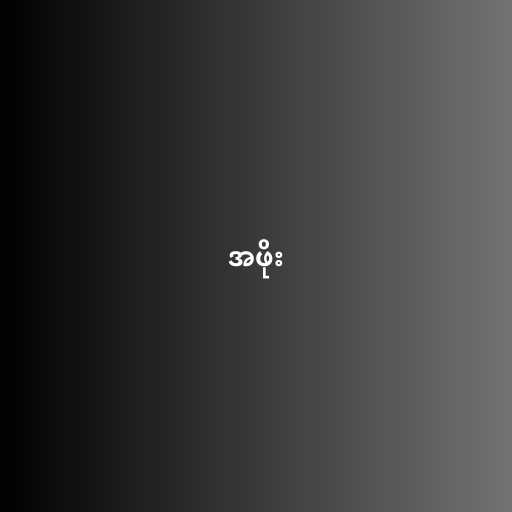
အဖိုး